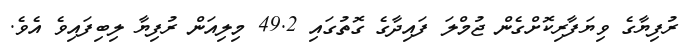
ރުފިޔާގެ ވިޔަފާރިކޮށްގެން ޖުމްލަ ފައިދާގެ ގޮތުގައި 49.2 މިލިއަން ރުފިޔާ ލިބިފައިވެ އެވެ.